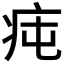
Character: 𤵊